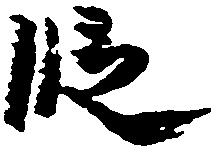
段